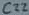
Text: C22